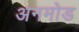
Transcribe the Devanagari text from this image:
अनमोड